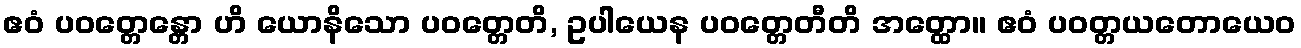
ဧဝံ ပဝတ္တေန္တော ဟိ ယောနိသော ပဝတ္တေတိ, ဥပါယေန ပဝတ္တေတီတိ အတ္ထော။ ဧဝံ ပဝတ္တယတောယေဝ